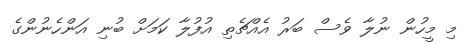
މި މީހުން ނުލާ ވެސް ބަރު އެއްޗެތި އުފުލާ ކަމަށް ބުނި އަންހެނުންގެ